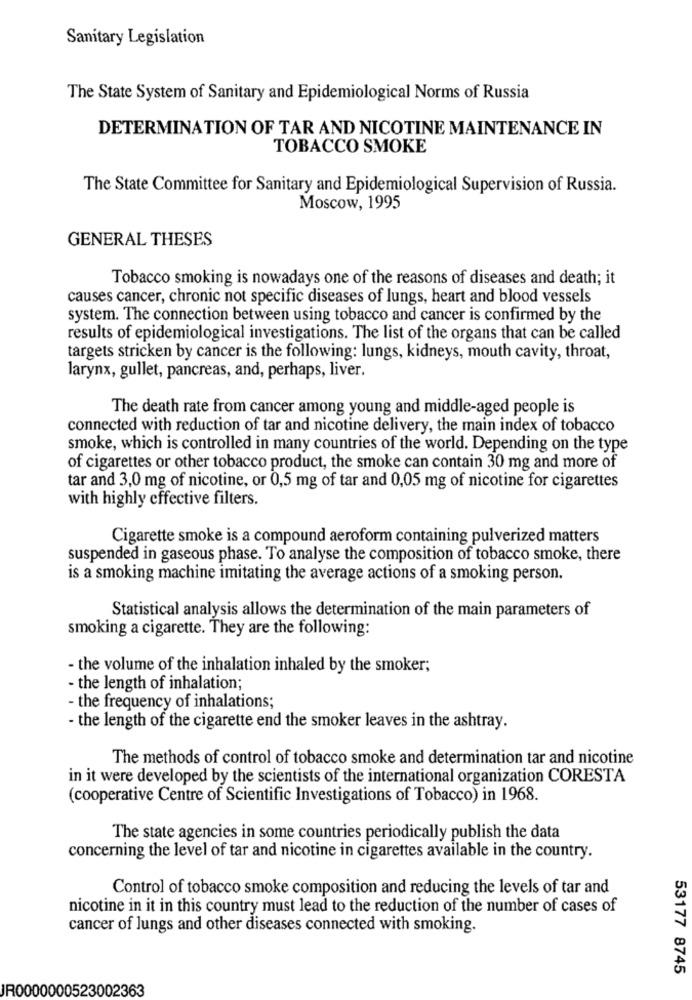
Sanitary Legislation
The State System of Sanitary and Epidemiological Norms of Russia
DETERMINATION OF TAR AND NICOTINE MAINTENANCE IN
TOBACCO SMOKE
The State Committee for Sanitary and Epidemiological Supervision of Russia.
Moscow, 1995
GENERAL THESES
Tobacco smoking is nowadays one of the reasons of diseases and death; it
causes cancer, chronic not specific diseases of lungs, heart and blood vessels
system. The connection between using tobacco and cancer is confirmed by the
results of epidemiological investigations. The list of the organs that can be called
targets stricken by cancer is the following: lungs, kidneys, mouth cavity, throat,
larynx, gullet, pancreas, and, perhaps, liver.
The death rate from cancer among young and middle-aged people is
connected with reduction of tar and nicotine delivery, the main index of tobacco
smoke, which is controlled in many countries of the world. Depending on the type
of cigarettes or other tobacco product, the smoke can contain 30 mg and more of
tar and 3,0 mg of nicotine, or 0,5 mg of tar and 0,05 mg of nicotine for cigarettes
with highly effective filters.
Cigarette smoke is a compound aeroform containing pulverized matters
suspended in gaseous phase. To analyse the composition of tobacco smoke, there
is a smoking machine imitating the average actions of a smoking person.
Statistical analysis allows the determination of the main parameters of
smoking a cigarette. They are the following:
- the volume of the inhalation inhaled by the smoker;
- the length of inhalation;
- the frequency of inhalations;
- the length of the cigarette end the smoker leaves in the ashtray.
The methods of control of tobacco smoke and determination tar and nicotine
in it were developed by the scientists of the international organization CORESTA
(cooperative Centre of Scientific Investigations of Tobacco) in 1968.
The state agencies in some countries periodically publish the data
concerning the level of tar and nicotine in cigarettes available in the country.
Control of tobacco smoke composition and reducing the levels of tar and
nicotine in it in this country must lead to the reduction of the number of cases of
cancer of lungs and other diseases connected with smoking.
53177 8745
JR0000000523002363